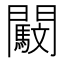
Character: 𨷜